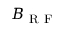
B _ { \mathrm { ~ R ~ F ~ } }